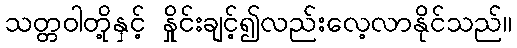
သတ္တဝါတို့နှင့် နှိုင်းချင့်၍လည်းလေ့လာနိုင်သည်။